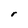
Character: r